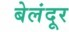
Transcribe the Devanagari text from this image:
बेलंदूर